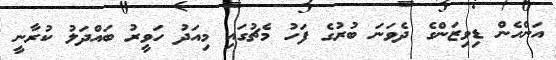
އަންހެން ޑިވިޒަންގެ ދެވަނަ ބުރުގެ ފަހު މެޗުގައި މިއަދު ހަވީރު ބައްދަލު ކުރާނީ